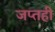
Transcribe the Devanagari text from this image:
जप्‍तही